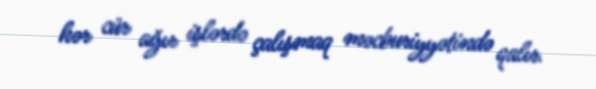
hər cür ağır işlərdə çalışmaq məcburiyyətində qalır.